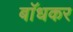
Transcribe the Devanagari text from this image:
बाॅधकर